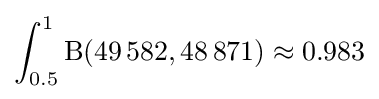
\int _{0.5}^{1}\operatorname {\mathrm {B} } (49\,582,48\,871)\approx 0.983